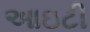
આઇટી